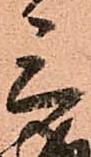
三